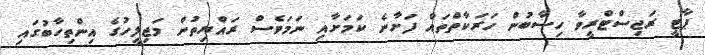
ޕާޓީ ރަޖިސްޓްރީވާ ހިސާބުން ހަރަކާތްތައް ފަށާނެ ކަމަށާއި ނަމަވެސް ރައްޔިތުން މަޖިލީހުގެ އިންތިހާބުގައި